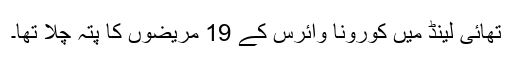
تھائی لینڈ میں کورونا وائرس کے 19 مریضوں کا پتہ چلا تھا۔